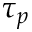
\tau _ { p }